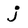
Character: j